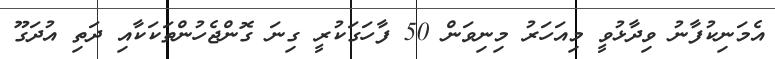
އެމަނިކުފާނު ވިދާޅުވީ މިއަހަރު މިނިވަން 50 ފާހަގަކުރީ ގިނަ ގޮންޖެހުންތަކަކާއި ދަތި އުދަގޫ